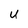
Character: u